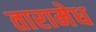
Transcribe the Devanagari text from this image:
तारामेध